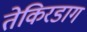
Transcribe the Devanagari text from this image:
तेकिरडाग